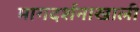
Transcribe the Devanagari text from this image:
मागदर्शनाखाली